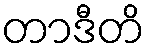
တာဒီတိ